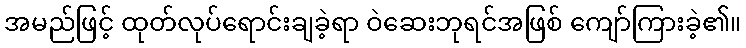
အမည်ဖြင့် ထုတ်လုပ်ရောင်းချခဲ့ရာ ဝဲဆေးဘုရင်အဖြစ် ကျော်ကြားခဲ့၏။